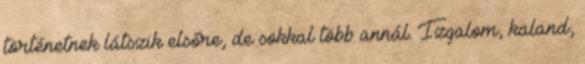
történetnek látszik elsőre, de sokkal több annál. Izgalom, kaland,